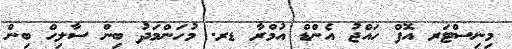
މިނިސްޓަރ އޮފް ހައްޖު އެންޑް އުމްރާ ޑރ. މުހަންމަދު ބިން ސާލިހް ބިން